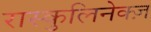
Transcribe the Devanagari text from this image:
रास्कुलिनेक्ज़